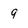
Character: 9